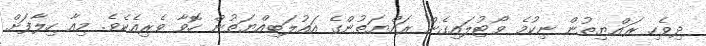
ދިވެހި ރައްޔިތުން ނިކުމެ ވޯޓުލައިގެން ރައްޔަތުންގެ އައުލަބިއްޔަތުން ހޮވާ ވެރިއެކެވެ. މިއާ ހިލާފަށް